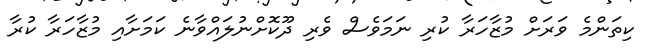
ކިތަންމެ ވަރަށް މުޒާހަރާ ކުރި ނަމަވެސް ވެރި ދޫކޮށްނުލައްވާނެ ކަމަށާއި މުޒާހަރާ ކުރާ